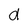
Character: d